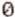
0